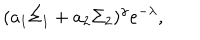
( a _ { 1 } \Sigma _ { 1 } + a _ { 2 } \Sigma _ { 2 } ) ^ { \gamma } e ^ { - \lambda } ,